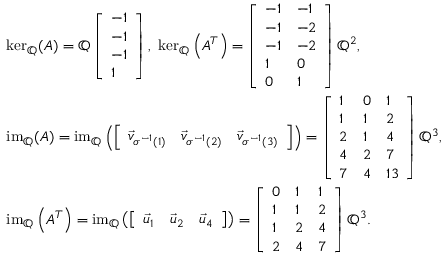
\begin{array} { r l } & { \ker _ { \mathbb { Q } } ( A ) = \operatorname { \mathbb { Q } } \left[ \begin{array} { l } { - 1 } \\ { - 1 } \\ { - 1 } \\ { 1 } \end{array} \right] , \ \ker _ { \mathbb { Q } } \left( A ^ { T } \right) = \left[ \begin{array} { l l } { - 1 } & { - 1 } \\ { - 1 } & { - 2 } \\ { - 1 } & { - 2 } \\ { 1 } & { 0 } \\ { 0 } & { 1 } \end{array} \right] \mathbb { Q } ^ { 2 } , } \\ & { \operatorname { i m } _ { \mathbb { Q } } ( A ) = \operatorname { i m } _ { \mathbb { Q } } \left( \left[ \begin{array} { l l l } { \vec { v } _ { \sigma ^ { - 1 } ( 1 ) } } & { \vec { v } _ { \sigma ^ { - 1 } ( 2 ) } } & { \vec { v } _ { \sigma ^ { - 1 } ( 3 ) } } \end{array} \right] \right) = \left[ \begin{array} { l l l } { 1 } & { 0 } & { 1 } \\ { 1 } & { 1 } & { 2 } \\ { 2 } & { 1 } & { 4 } \\ { 4 } & { 2 } & { 7 } \\ { 7 } & { 4 } & { 1 3 } \end{array} \right] \mathbb { Q } ^ { 3 } , } \\ & { \operatorname { i m } _ { \mathbb { Q } } \left( A ^ { T } \right) = \operatorname { i m } _ { \mathbb { Q } } \left( \left[ \begin{array} { l l l } { \vec { u } _ { 1 } } & { \vec { u } _ { 2 } } & { \vec { u } _ { 4 } } \end{array} \right] \right) = \left[ \begin{array} { l l l } { 0 } & { 1 } & { 1 } \\ { 1 } & { 1 } & { 2 } \\ { 1 } & { 2 } & { 4 } \\ { 2 } & { 4 } & { 7 } \end{array} \right] \mathbb { Q } ^ { 3 } . } \end{array}